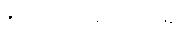
စစ်ခေါင်းဆောင်များ၏